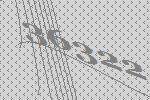
36322